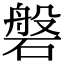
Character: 磐